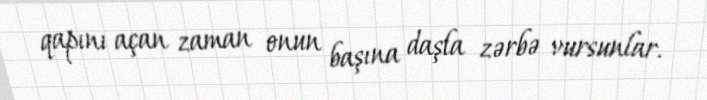
qapını açan zaman onun başına daşla zərbə vursunlar.